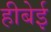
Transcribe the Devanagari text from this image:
हीबेई